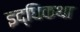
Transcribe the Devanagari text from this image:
इद्धिकथा